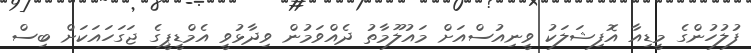
ފުލުހުންގެ މީޑިއާ އޮފިޝަލަކު ވީނިއުސްއަށް މައުލޫމާތު ދެއްވަމުން ވިދާޅުވީ އެމްޑީޕީގެ ޖަގަހައަކަށް ބިސް